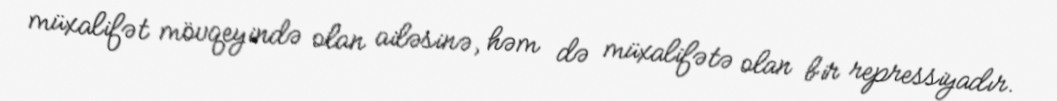
müxalifət mövqeyində olan ailəsinə, həm də müxalifətə olan bir repressiyadır.